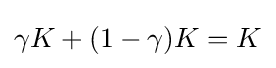
{\textstyle \gamma K+(1-\gamma )K=K}